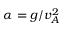
\alpha = g / v _ { A } ^ { 2 }